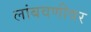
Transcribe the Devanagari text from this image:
लांबवणीवर